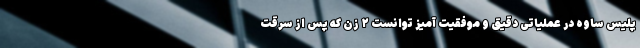
پلیس ساوه در عملیاتی دقیق و موفقیت آمیز توانست ۲ زن که پس از سرقت